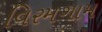
વિરમગામ